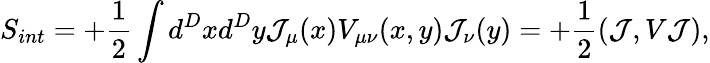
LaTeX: S_{int}=+{\frac{1}{2}}\int d^{D}xd^{D}y{\cal J}_{\mu}(x){V}_{\mu\nu}(x,y){\cal J}_{\nu}(y)=+{\frac{1}{2}}({\cal J},V{\cal J}),